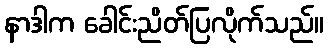
နာဒါက ခေါင်းညိတ်ပြလိုက်သည်။